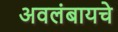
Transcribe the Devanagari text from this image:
अवलंबायचे